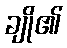
ချို၏